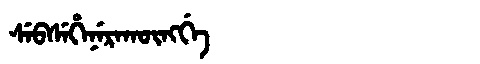
Manchu: ᠰᡝᠪᠰᡝᡥᡝᠨᡝᡵᠠᡴᡡᠩᡤᡝ
Romanization: SEBSEHENERAKŪNGGE